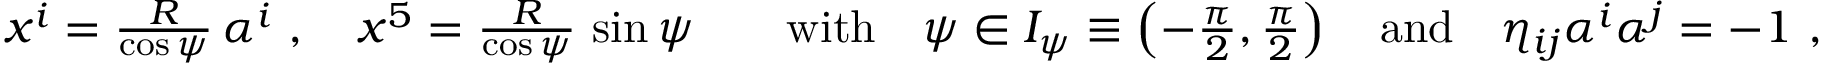
\begin{array} { r } { x ^ { i } = \frac { R } { \cos { \psi } } \, \alpha ^ { i } \ , \quad x ^ { 5 } = \frac { R } { \cos { \psi } } \, \sin { \psi } \qquad \mathrm { w i t h } \quad \psi \in { \cal I } _ { \psi } \equiv \left( - \frac { \pi } { 2 } , \frac { \pi } { 2 } \right) \quad \mathrm { a n d } \quad \eta _ { i j } \alpha ^ { i } \alpha ^ { j } = - 1 \ , } \end{array}